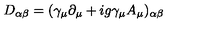
D _ { \alpha \beta } = ( \gamma _ { \mu } \partial _ { \mu } + i g \gamma _ { \mu } A _ { \mu } ) _ { \alpha \beta }